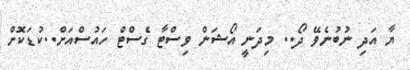
ޔާ އަދި ނުބުނެވޭ ދޯ.. މިދަނީ އޯޝަން ވިސްޓާ ގެސްޓް ހައުސްއަށް..ކުޑަކޮށް